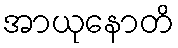
အာယုနောတိ